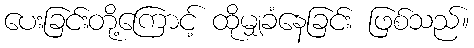
ပေးခြင်းတို့ကြောင့် ထိုမျှခံနေခြင်း ဖြစ်သည်။